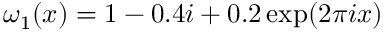
\omega _ { 1 } ( x ) = 1 - 0 . 4 i + 0 . 2 \exp ( 2 \pi i x )